Papers set at the Examination for Leaving Certificates, 1894
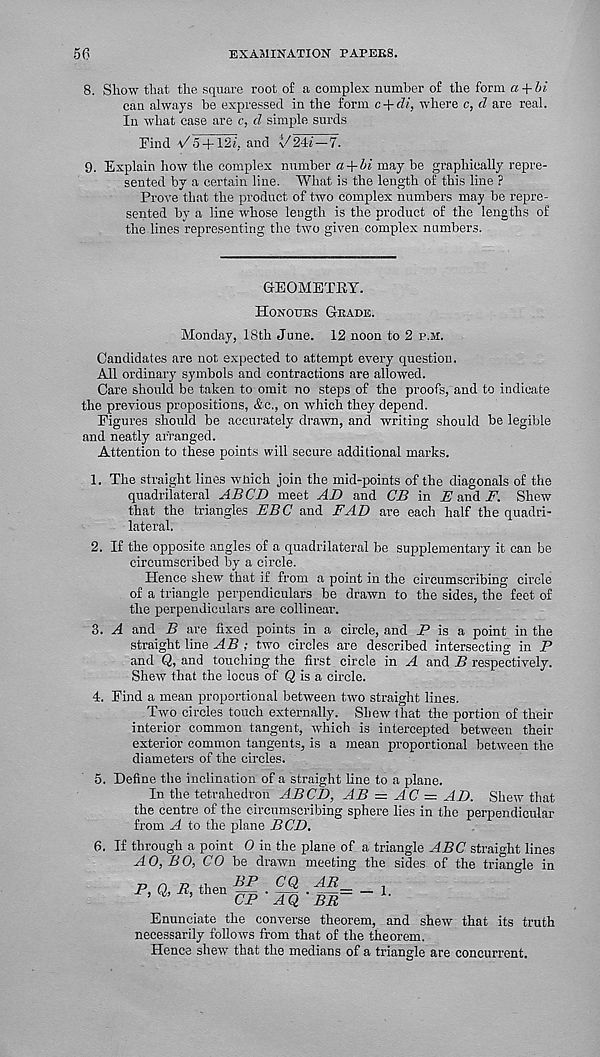
56
EXAMINATION PAPERS.
8. Show that the square root of a complex number of the form a + bi
can always he expressed in the form c-\-di, where c, cl are real.
In what case are c, d simple surds
Find \/o + 12t ; and \/24t—7.
9. Explain how the complex number a+ may be graphically repre-
sented by a certain line. What is the length of this line ?
Prove that the product of two complex numbers' may be repre-
sented by a line whose length is the product of the lengths of
the lines representing the two given complex numbers.
GEOMETRY.
Honours Grade.
Monday, 18th June. 12 noon to 2 p.m.
Candidates are not expected to attempt every question.
All ordinary symbols and contractions are allowed.
Care should be taken to omit no steps of the proofs, and to indicate
the previous propositions, &c., on which they depend.
Figures should be accurately drawn, and writing should be legible
and neatly arranged.
Attention to these points will secure additional marks.
1. The straight lines which join the mid-points of the diagonals of the
quadrilateral ABCD meet AD and CB in E and F. Shew
that the triangles EBC and FAD are each half the quadri-
lateral.
2. If the opposite angles of a quadrilateral be supplementary it can be
circumscribed by a circle.
Hence shew that if from a point in the circumscribing circle
of a triangle perpendiculars be drawn to the sides, the feet of
the perpendiculars are collinear.
3. A and B are fixed points in a circle, and _P is a point in the
straight line AB ; two circles are described intersecting in P
and Q, and touching the first circle in A and B respectively.
Shew that the locus of Q is a circle.
4. Find a mean proportional between two straight lines.
Two circles touch externally. Shew that the portion of their
interior common tangent, which is intercepted between their
exterior common tangents, is a mean proportional between the
diameters of the circles.
5. Define the inclination of a straight line to a plane.
In the tetrahedron AB CD, AB = AC = AD. Shew that
the centre of the circumscribing sphere lies in the perpendicular
from A to the plane BCD.
6. If through a point O in the plane of
AO, BO, CO be drawn meeting
P, Q, R, then BP CQ AR
CP ' AQ'BR
a triangle ABC straight lines
the sides of the triangle in
— 1.
Enunciate the converse theorem, and shew that its truth
necessarily follows from that of the theorem.
Hence shew that the medians of a triangle are concurrent.